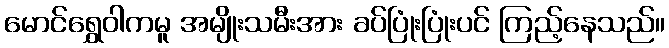
မောင်ရွှေဝါကမူ အမျိုးသမီးအား ခပ်ပြုံးပြုံးပင် ကြည့်နေသည်။